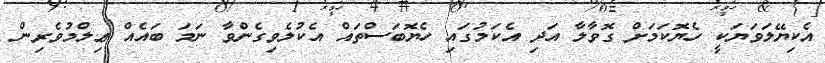
އެކިޔޭލަވަޔަކީ ހެޔޮކަމަށް ގޮވާލާ އަދި އެކަމުގައި ހެޔޮބަސްތައް އެކުލެވިގެންވާ ނަމަ ބައެއް ޢިލްމުވެރިން